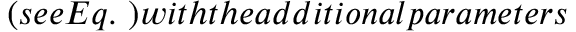
( s e e E q . ~ ) w i t h t h e a d d i t i o n a l p a r a m e t e r s